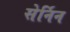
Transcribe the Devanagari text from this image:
सेर्निन